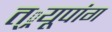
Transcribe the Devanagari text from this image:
त््रयूपांग